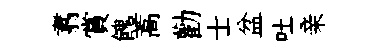
翥賞餽蒿勸士盆吐亲